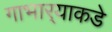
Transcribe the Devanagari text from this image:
गाभार्‍याकडे